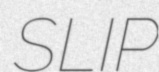
SLIP